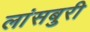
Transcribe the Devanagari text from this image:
लांसबुरी